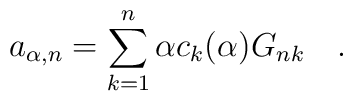
a_{\alpha,n}=\sum_{k=1}^{n}\alpha c_k({\alpha})G_{nk}~~~.